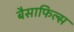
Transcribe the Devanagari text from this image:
बैसाफिल्स